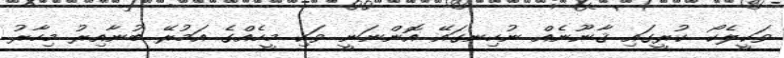
ވަކީލެކޯ. ކުރީގައި ޤާނޫނެއް ނުހިނގައޭ އޮންނަނީ ވަކި މީހެއްގެ އަމުރޭ ބުނާއިރު މިހާރު